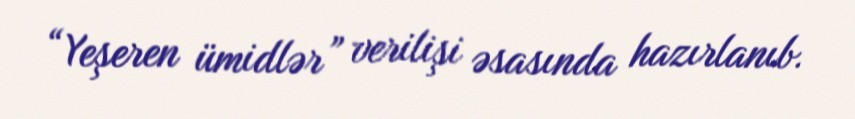
“Yeşeren ümidlər” verilişi əsasında hazırlanıb.